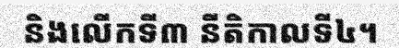
និងលើកទី៣ នីតិកាលទី៤។